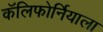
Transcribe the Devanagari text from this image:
कॅलिफोर्नियाला